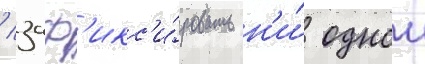
/ заф'икс'и́ровать н'и́ однои